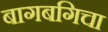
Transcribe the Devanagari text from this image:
बागबगिचा